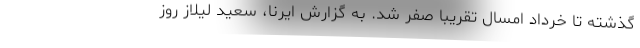
گذشته تا خرداد امسال تقریباً صفر شد. به گزارش ایرنا، سعید لیلاز روز